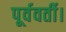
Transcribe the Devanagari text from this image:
पूर्ववर्ती।